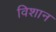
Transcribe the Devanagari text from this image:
विशान